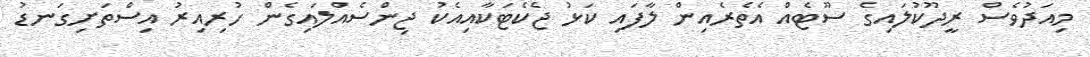
މިއަދުވެސް ރީދޫކުލައިގެ ސޫޓެއް އެތެރެއިން ލާފައި ކަޅު ޖެކެޓަކާއިއެކު ޖިންސެއްލައިގެން ހުރިއިރު އިސްތަށިގަނޑު